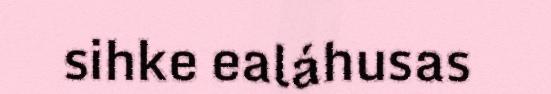
sihke ealáhusas